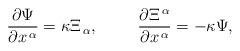
LaTeX: \begin{align*}\frac{\partial\Psi}{\partial x^{\,\alpha}}=\kappa \Xi_{\,\alpha}, \hspace*{1cm}\frac{\partial \Xi^{\,\alpha}}{\partial x^{\,\alpha}}=-\kappa\Psi,\end{align*}